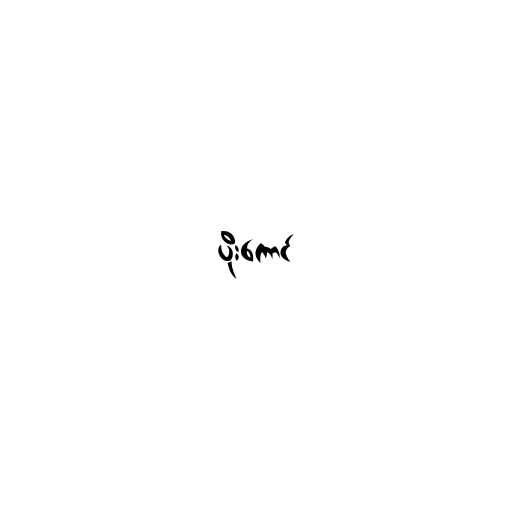
ပိုးကောင်